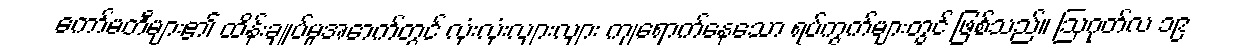
ကော်မတီများ၏ ထိန်းချုပ်မှုအောက်တွင် လုံးလုံးလျားလျား ကျရောက်နေသော ရပ်ကွက်များတွင် ဖြစ်သည်။ ဩဂုတ်လ ၁၉